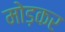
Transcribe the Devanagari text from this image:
मोड़़कर